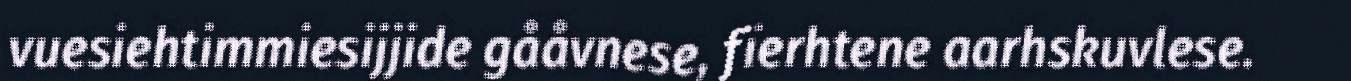
vuesiehtimmiesijjide gååvnese, fïerhtene aarhskuvlese.